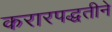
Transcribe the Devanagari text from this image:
करारपद्धतीने